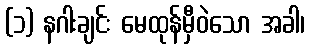
(၁) နဂါးချင်း မေထုန်မှီဝဲသော အခါ၊